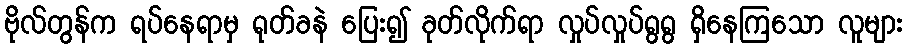
ဗိုလ်တွန်က ရပ်နေရာမှ ရုတ်ခနဲ ပြေး၍ ခုတ်လိုက်ရာ လှုပ်လှုပ်ရွရွ ရှိနေကြသော လူများ